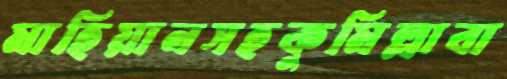
মাহিয়ানসহকুমিল্লাবা